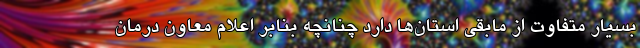
بسیار متفاوت از مابقی استان‌ها دارد چنانچه بنابر اعلام معاون درمان